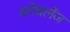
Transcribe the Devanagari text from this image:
कोबलेंज